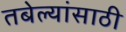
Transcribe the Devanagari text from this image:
तबेल्यांसाठी